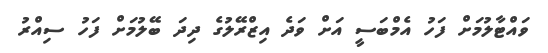
ވައްޓާލުމަށް ފަހު އެމްބަސީ އަށް ވަދެ އިޒްރޭލުގެ ދިދަ ބޭލުމަށް ފަހު ސިއްރު